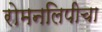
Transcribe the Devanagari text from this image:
रोमनलिपीचा